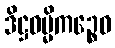
ဒိဋ္ဌဓမ္မိကဉ္စေဝ